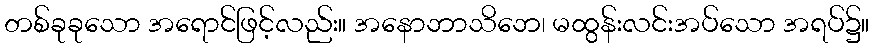
တစ်ခုခုသော အရောင်ဖြင့်လည်း။ အနောဘာသိဘေ၊ မထွန်းလင်းအပ်သော အရပ်၌။